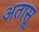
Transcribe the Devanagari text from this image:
अतासू